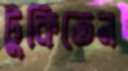
টুকিতেন